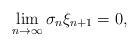
LaTeX: \begin{align*}\lim_{n\to \infty}\sigma_n\xi_{n+1}=0, \end{align*}